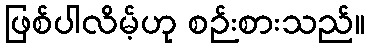
ဖြစ်ပါလိမ့်ဟု စဉ်းစားသည်။